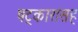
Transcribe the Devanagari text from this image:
षट्‍कारासह